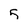
Character: 5